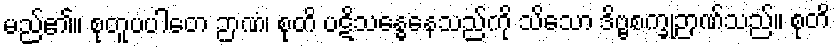
မည်၏။ စုတူပပါတေ ဉာဏံ၊ စုတိ ပဋိသန္ဓေနေသည်ကို သိသော ဒိဗ္ဗစက္ခုဉာဏ်သည်။ စုတိ